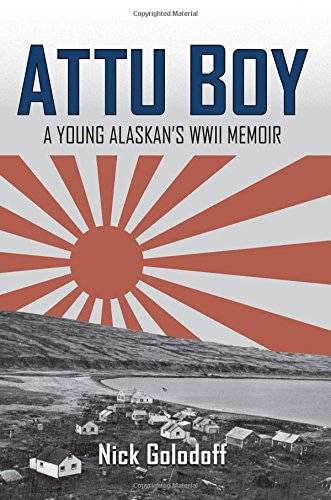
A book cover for Attu Boy: A Young Alaskan's WWII Memoir; Nick Golodoff; Biographies & Memoirs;